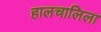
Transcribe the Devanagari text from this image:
हालचालिला